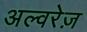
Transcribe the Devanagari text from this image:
अल्वरेज़